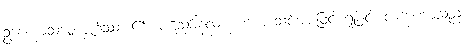
ဥပေက္ခာသမ္ဗောဇ္ဈင်္ဂဿ၊ ၏။ ပဋိသင်္ခါနလက္ခဏံ၊ အသင့်အားဖြင့် ရှုခြင်း လက္ခဏာသည်။